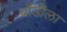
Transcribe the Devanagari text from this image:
बॉडीला